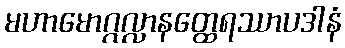
မဟာမောဂ္ဂလ္လာနတ္ထေရဿာပဒါနံ